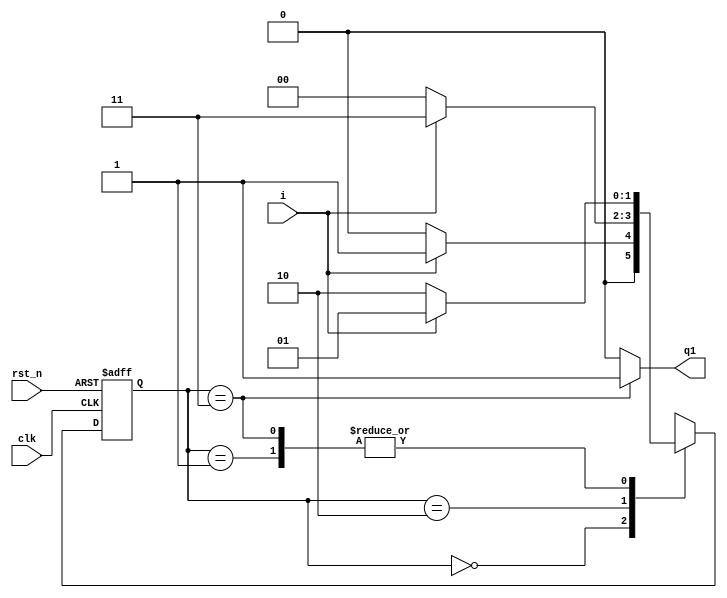
module seq_101(input clk,rst_n,i ,output q1);

	parameter IDLE = 2'b00;
	parameter S1   = 2'b01;
	parameter S2   = 2'b10;
	parameter S3   = 2'b11;


	reg [1:0] state,next_state;

	always@(posedge clk or negedge rst_n)
		if(!rst_n)
		state <= IDLE;
		else
		state <= next_state;

	always@(*)
	begin
		//next_state = IDLE;									
		case(state)

		IDLE : if(i==1)  next_state = S1;
			   else 	  next_state = IDLE;
		S1   : if(i==0)  next_state = S2;
			   else 	  next_state = S1;
		S2   : if(i==1)  next_state = S3;
			   else 	  next_state = IDLE;
		S3   : if(i==1)  next_state = S1;
			   else 	  next_state = S2;
		default : next_state = IDLE;

		endcase
	end


	assign q1 = (state == S3)? 1'b1:1'b0;
endmodule